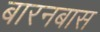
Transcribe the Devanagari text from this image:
बारनबास